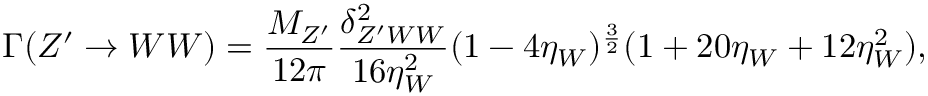
\Gamma ( Z ^ { \prime } \rightarrow W W ) = \frac { M _ { Z ^ { \prime } } } { 1 2 \pi } \frac { \delta _ { Z ^ { \prime } W W } ^ { 2 } } { 1 6 \eta _ { W } ^ { 2 } } ( 1 - 4 \eta _ { W } ) ^ { \frac { 3 } { 2 } } ( 1 + 2 0 \eta _ { W } + 1 2 \eta _ { W } ^ { 2 } ) ,